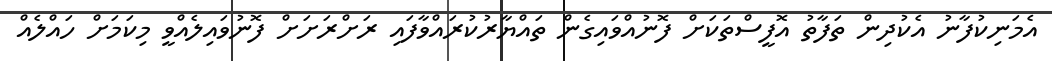
އެމަނިކުފާނު އެކުދިން ތަފާތު އޮފީސްތަކަށް ފޮނުއްވައިގެން ތައްޔާރުކުރައްވާފައި ރަށްރަށަށް ފޮނުވައިލެއްވީ މިކަމަށް ހައްލެއް